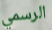
الرسمي